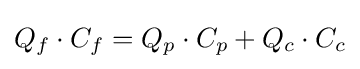
Q_{f}\cdot C_{f}=Q_{p}\cdot C_{p}+Q_{c}\cdot C_{c}